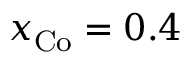
x _ { \mathrm { { C o } } } = 0 . 4